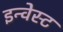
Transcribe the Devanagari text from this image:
इन्वेस्ट